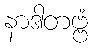
နာဒါတဗ္ဗံ